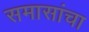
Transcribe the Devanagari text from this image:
समासांचा